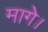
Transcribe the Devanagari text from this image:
मागे।